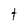
Character: t